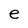
Character: e